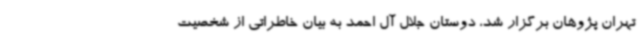
تهران پژوهان برگزار شد، دوستان جلال آل احمد به بیان خاطراتی از شخصیت